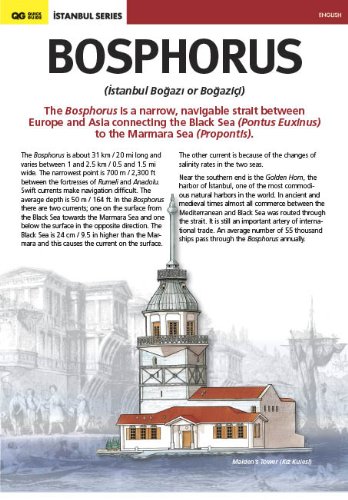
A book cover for Bosphorus (Istanbul Bogazi); Serif Yenen; Travel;